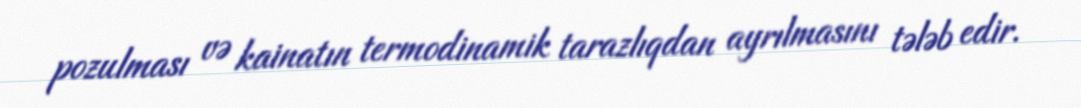
pozulması və kainatın termodinamik tarazlıqdan ayrılmasını tələb edir.